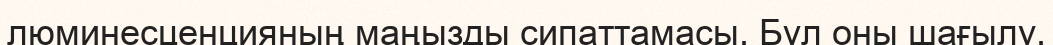
люминесценцияның маңызды сипаттамасы. Бұл оны шағылу,